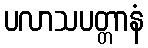
ပလာသပတ္တာနံ